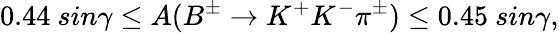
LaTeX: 0.44~sin\gamma\leq A(B^{\pm}\to K^{+}K^{-}\pi^{\pm})\leq 0.45~sin\gamma,